Indian journal of veterinary science and animal husbandry - Volumes 28-29, 1958-1959
Year: 1958
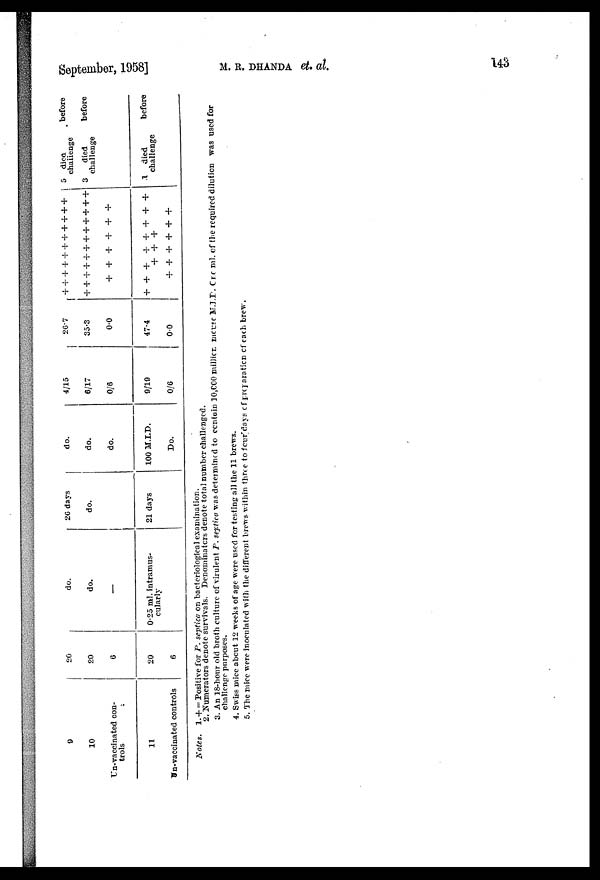
September, 1958] M. R. DHANDA et al.
143
9
10
Un-vaccinated con-
trols
11
Un-vaccinated controls
20
20
6
20
6
do.
do.
0.25 ml. intramus-
cularly
26 days
do.
21 days
do.
do.
do.
100 M.I.D.
Do.
4/15
6/17
0/6
9/19
0/6
26.7
35.3
0.0
47.4
0.0
+
+ + +
+ + + +
+ + +
+ +
+ +
+ +
+ +
+ +
+
+
+
+
+
+
+
+
+
+
+
+
+
+
+
+
+
+
+
+
+
+
+
+
5 died
challenge
3
died
challenge
1
died
challenge
before
before
before
Notes. 1. + = Positive for P. septica on bacteriological examination.
2. Numerators denote survivals. Denominators denote total number challenged.
3. An 18-hour old broth culture of virulent P. septica was determined to contain 10,000 million mouse M.I.D. Cre ml. of the required dilution was used for
challenge purposes.
4. Swiss mice about 12 weeks of age were used for testing all the 11 brews.
5. The mice were inoculated with the different brews within three to four days of preparation of each brew.